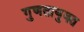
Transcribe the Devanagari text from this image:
गुणतायुक्त